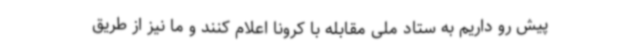
پیش رو داریم به ستاد ملی مقابله با کرونا اعلام کنند و ما نیز از طریق